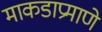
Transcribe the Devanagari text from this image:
माकडाप्रमाणे